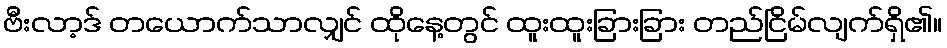
ဗီးလာ့ဒ် တယောက်သာလျှင် ထိုနေ့တွင် ထူးထူးခြားခြား တည်ငြိမ်လျက်ရှိ၏။